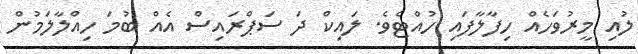
ލުއި މީރުވަހެއް ހިފާލާފައި ހުއްޓެވެ. ލައިކް ދަ ސަޕްރައިސް އެއް ބުމަ ހިއްލާލަމުން